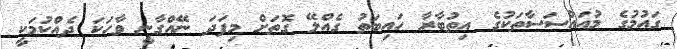
ގައުމުގެ މުއައްސަސާތަކުގެ އިތުބާރާ ހައިބަތު ގެއްލޭ ގޮތަށް މިފަދަ ނޭއްގާނީ ވާހަކަ ދެއްކުމަކީ